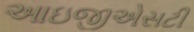
આઇજીએસટી